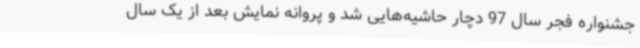
جشنواره فجر سال 97 دچار حاشیه‌هایی شد و پروانه نمایش بعد از یک سال